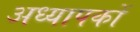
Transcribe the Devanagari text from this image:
अध्‍यापकों